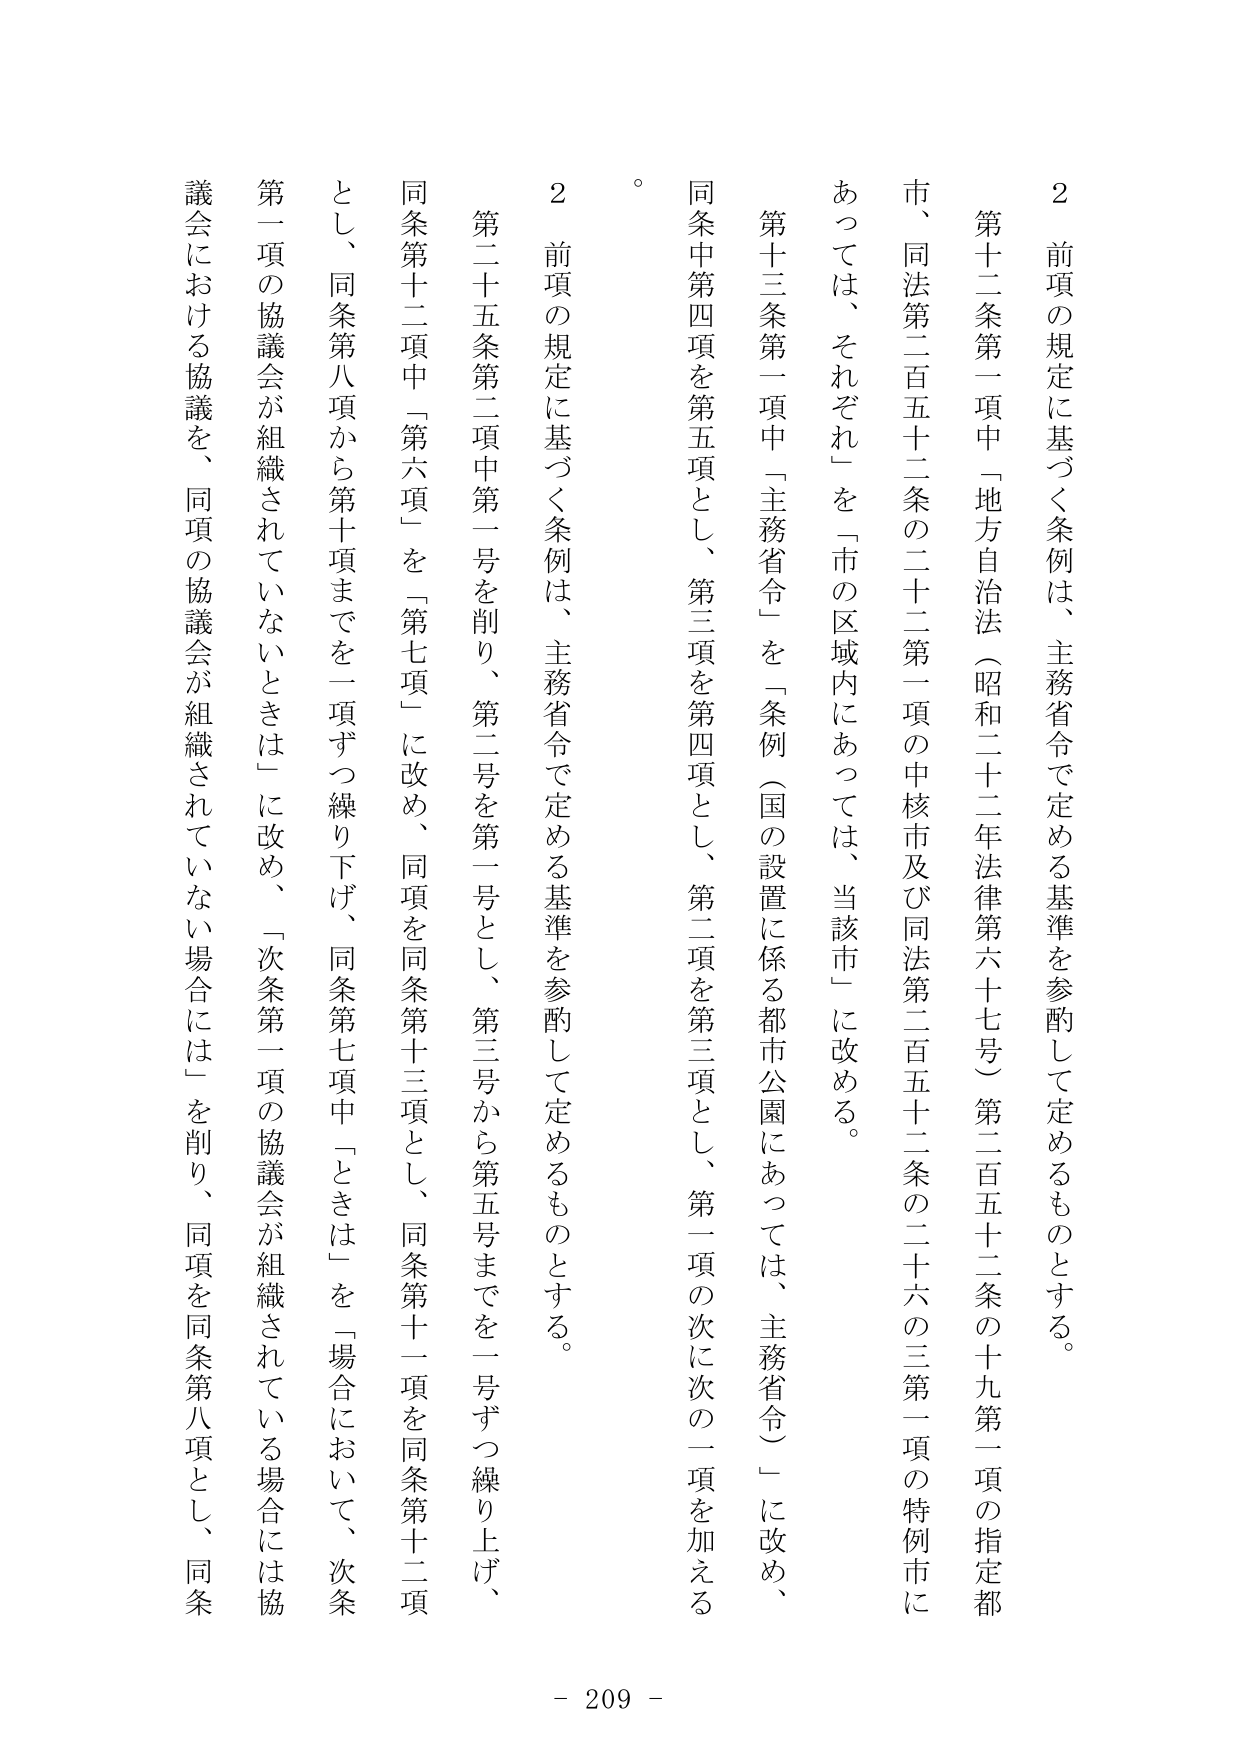
2 前項の規定に基づく条例は、主務省令で定める基準を参酌して定めるものとする。

第十二条第一項中「地方自治法（昭和二十二年法律第六十七号）第二百五十二条の十九第一項の指定都市、同法第二百五十二条の二十二第一項の中核市及び同法第二百五十二条の二十六の三第一項の特例市にあっては、それぞれ」を「市の区域内にあっては、当該市」に改める。

第十三条第一項中「主務省令」を「条例（国の設置に係る都市公園にあっては、主務省令）」に改め、同条中第四項を第五項とし、第三項を第四項とし、第二項を第三項とし、第一項の次に次の二項を加える。

2 前項の規定に基づく条例は、主務省令で定める基準を参酌して定めるものとする。

第二十五条第二項中第一号を削り、第二号を第一号とし、第三号から第五号までを一号ずつ繰り上げ、同条第十二項中「第六項」を「第七項」に改め、同項を同条第十三項とし、同条第十一項を同条第十二項とし、同条第八項から第十項までを一項ずつ繰り下げ、同条第七項中「ときは」を「場合において、次条第一項の協議会が組織されていないときは」に改め、「次条第一項の協議会が組織されている場合には協議会における協議を、同項の協議会が組織されていない場合には」を削り、同項を同条第八項とし、同条

- 209 -